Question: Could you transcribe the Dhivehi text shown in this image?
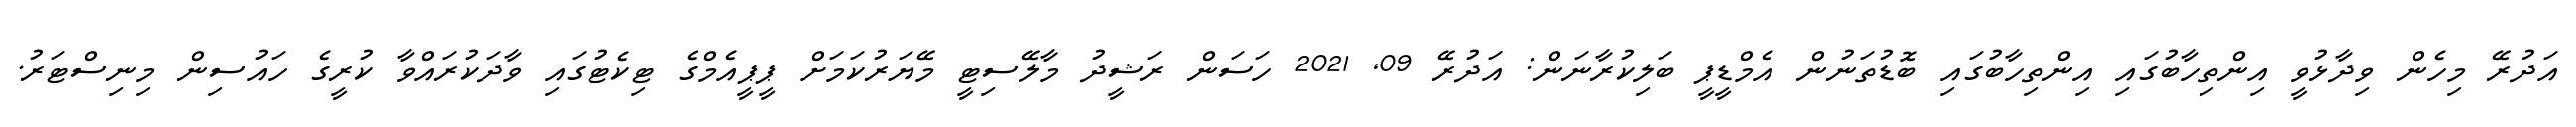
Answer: އަދުރޭ މިހެން ވިދާޅުވީ އިންތިހާބުގައި އިންތިހާބުގައި ބޮޑުތަނުން އެމްޑީޕީ ބަލިކުރާނަން: އަދުރޭ 09, 2021 ހަސަން ރަޝީދު މާލޭސިޓީ މޭޔަރުކަމަށް ޕީޕީއެމްގެ ޓިކެޓުގައި ވާދަކުރައްވާ ކުރީގެ ހައުސިން މިނިސްޓަރު.